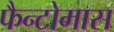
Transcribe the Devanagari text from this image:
फैन्टोमास